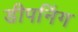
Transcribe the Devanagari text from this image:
डीपनिंग